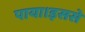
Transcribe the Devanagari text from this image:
पाया।इससे